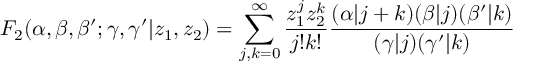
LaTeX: F _ { 2 } ( \alpha , \beta , \beta ^ { \prime } ; \gamma , \gamma ^ { \prime } | z _ { 1 } , z _ { 2 } ) = \sum _ { j , k = 0 } ^ { \infty } \frac { z _ { 1 } ^ { j } z _ { 2 } ^ { k } } { j ! k ! } \frac { ( \alpha | j + k ) ( \beta | j ) ( \beta ^ { \prime } | k ) } { ( \gamma | j ) ( \gamma ^ { \prime } | k ) }